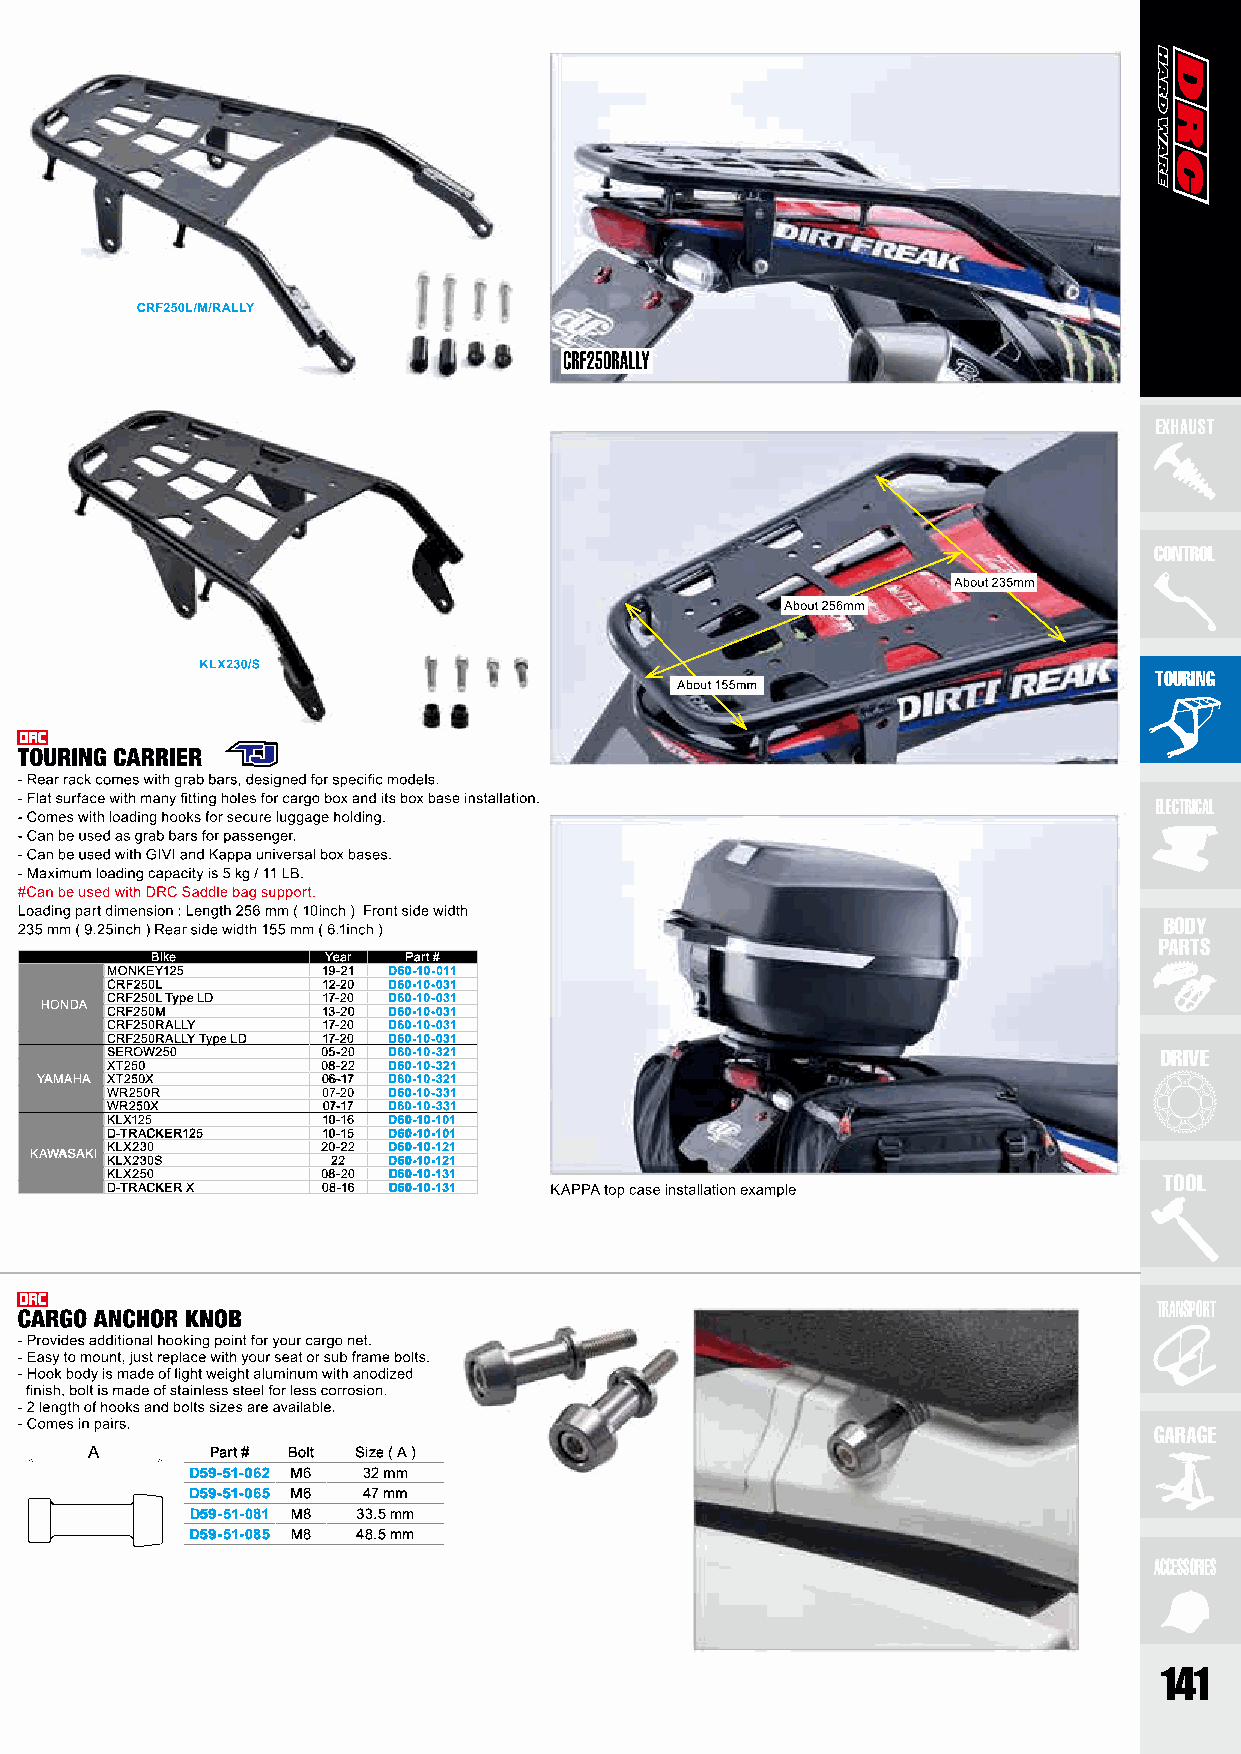
EXHAUST
 CONTROL
 TOURING
 ELECTRICAL
 BODY
 PARTS
 Bike        Year Part #
 MONKEY125     19-21 D60-10-011
 CRF250L       12-20 D60-10-031
 HONDA CRF250L Type LD 17-20 D60-10-031
 CRF250M       13-20 D60-10-031
 CRF250RALLY   17-20 D60-10-031
 CRF250RALLY Type LD 17-20 D60-10-031
 SEROW250      05-20 D60-10-321                                        DRIVE
 XT250         08-22 D60-10-321
 YAMAHA XT250X      06-17 D60-10-321
 WR250R        07-20 D60-10-331
 WR250X        07-17 D60-10-331
 KLX125        10-16 D60-10-101
 D-TRACKER125  10-15 D60-10-101
 KAWASAKI KLX230    20-22 D60-10-121
 KLX230S        22  D60-10-121
 KLX250        08-20 D60-10-131                                        TOOL
 D-TRACKER X   08-16 D60-10-131
 TRANSPORT
 GARAGE
 Part # Bolt Size ( A )
 D59-51-062 M6 32 mm
 D59-51-065 M6 47 mm
 D59-51-081 M8 33.5 mm
 D59-51-085 M8 48.5 mm
 ACCESSORIES
 141